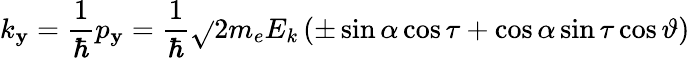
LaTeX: k_{\mathbf{y}}={\frac{{1}}{{\hbar}}}p_{\mathbf{y}}={\frac{{1}}{{\hbar}}}{\sqrt{}{{2m_{e}E_{k}}}}\, (\pm\sin\alpha\cos\tau+\cos\alpha\sin\tau\cos\vartheta)